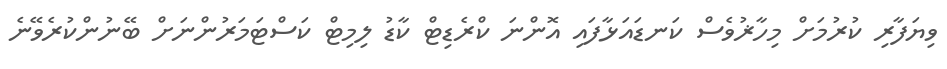
ވިޔަފާރި ކުރުމަށް މިހާޜުވެސް ކަނޑައަޅާފައި އޮންނަ ކްރެޑިޓް ކާޑު ލިމިޓް ކަސްޓަމަރުންނަށް ބޭނުންކުރެވޭނެ